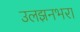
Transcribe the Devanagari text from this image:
उलझनभरा